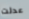
عدلت